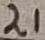
Text: 21